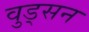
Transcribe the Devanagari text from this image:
वुड्सन